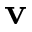
\mathbf { v }